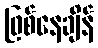
ဖြစ်နေချိန်